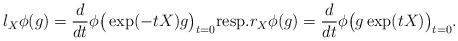
\begin{align*} l_X\phi(g)=\frac{d}{dt}\phi\big(\exp(-tX)g\big)_{t=0} \textrm{resp.}r_X\phi(g)=\frac{d}{dt}\phi\big(g\exp(tX)\big)_{t=0}. \end{align*}